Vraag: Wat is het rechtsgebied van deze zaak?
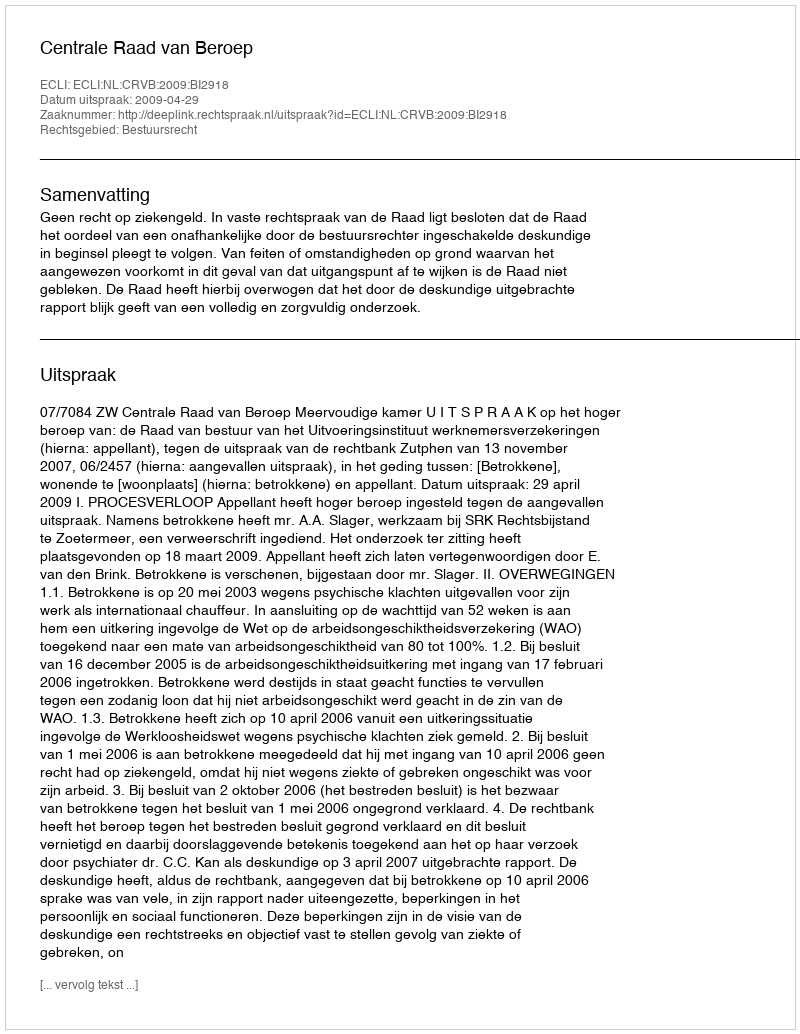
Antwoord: Bestuursrecht